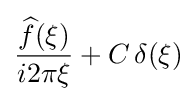
{\frac {{\widehat {f}}(\xi )}{i2\pi \xi }}+C\,\delta (\xi )